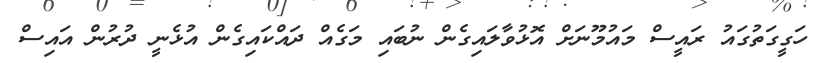
ހަގީގަތުގައު ރައީސް މައުމޫނަށް އޮޅުވާލައިގެން ނުބައި މަގެއް ދައްކައިގެން އުޅެނީ ދުރުން އައިސް